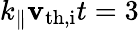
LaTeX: k_{\parallel}\mathbf{v}_{\mathrm{{th,i}}}t=3